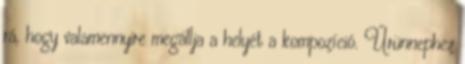
rá, hogy valamennyire megállja a helyét a kompozíció. Űrünnephez